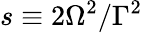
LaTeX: s\equiv 2\Omega^{2}/\Gamma^{2}